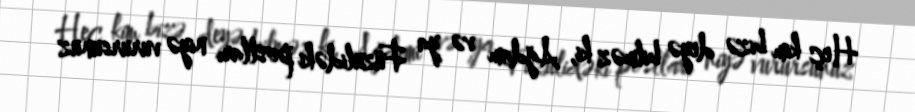
Heç kim bizə deyə bilməz ki, Ağdam və ya Füzulidəki postları niyə vurursunuz